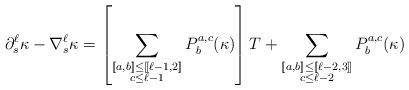
LaTeX: \begin{align*}\partial_{s}^{\ell}\kappa - \nabla_{s}^{\ell} \kappa =\left[\sum_{\substack{[\![a,b]\!] \leq [\![\ell-1,2]\!]\\ c\leq \ell-1}} P^{a,c}_{b} (\kappa) \right] T +\sum_{\substack{[\![a,b]\!] \leq [\![\ell-2,3]\!]\\ c\leq \ell-2}} P^{a,c}_{b} (\kappa) \end{align*}